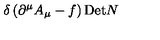
\delta \left( \partial ^ { \mu } A _ { \mu } - f \right) \mathrm { D e t } N